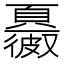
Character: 𩕂